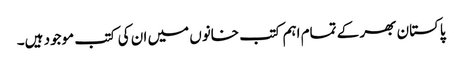
پاکستان بھر کے تمام اہم کتب خانوں میں ان کی کتب موجود ہیں۔